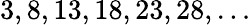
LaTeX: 3,8,13,18,23,28,\ldots